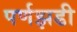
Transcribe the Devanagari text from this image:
पर्णझडी